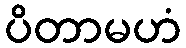
ပိတာမဟံ